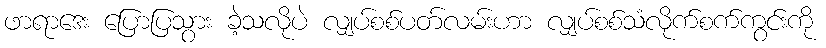
ဖာရာဒေး ပြောပြသွား ခဲ့သလိုပဲ လျှပ်စစ်ပတ်လမ်းဟာ လျှပ်စစ်သံလိုက်စက်ကွင်းကို